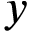
y